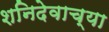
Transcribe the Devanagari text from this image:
शनिदेवाच्या